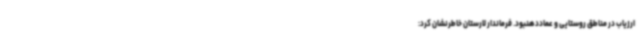
ارزیاب در مناطق روستایی و عماددهنبود. فرماندار لارستان خاطرنشان کرد: